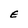
Character: E